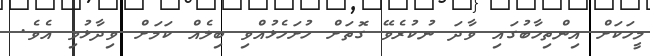
މީހަކަށް އިންތިހާބުގައި ވާދަ ނުކުރެވޭ ގޮތަށް ހުށަހެޅުއްވި ބިލެއް ކަމަށް ވިދާޅުވި އެވެ.